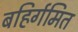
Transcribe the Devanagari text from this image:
बहिर्गमित